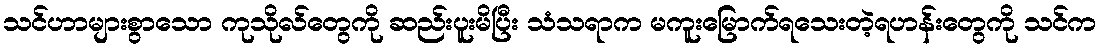
သင်ဟာများစွာသော ကုသိုလ်တွေကို ဆည်းပူးမိပြီး သံသရာက မကူးမြောက်ရသေးတဲ့ရဟန်းတွေကို သင်က